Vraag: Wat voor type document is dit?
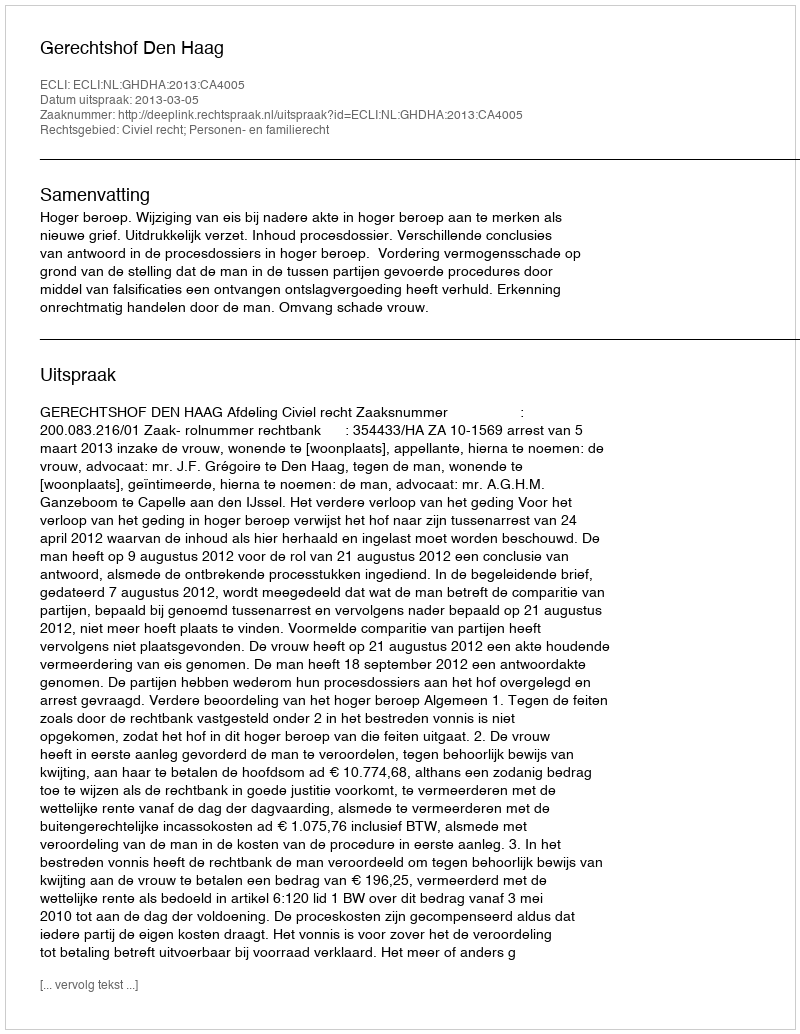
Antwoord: Uitspraak